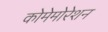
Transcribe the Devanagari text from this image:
कोमेमोरेशन